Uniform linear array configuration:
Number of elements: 32
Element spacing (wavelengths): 1
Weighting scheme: hamming
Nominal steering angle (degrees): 15
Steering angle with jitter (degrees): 13.395
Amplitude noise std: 0.05
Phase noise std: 0.05

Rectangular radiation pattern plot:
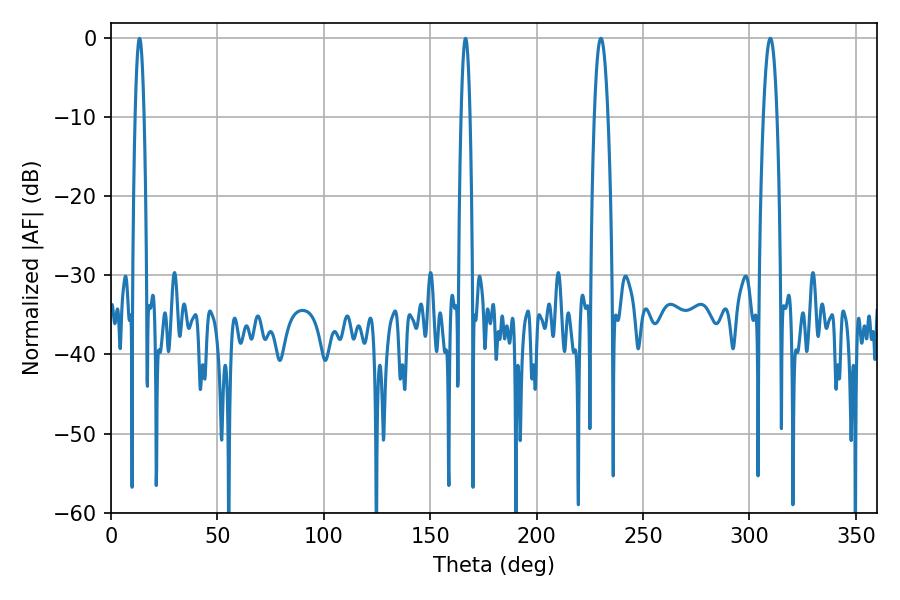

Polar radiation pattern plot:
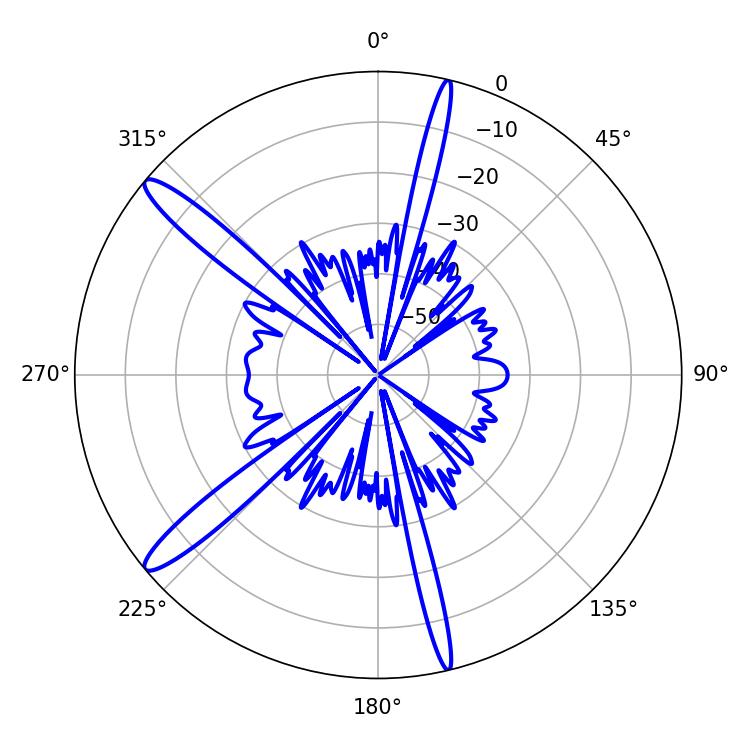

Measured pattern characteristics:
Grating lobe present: TRUE
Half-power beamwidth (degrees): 3.6
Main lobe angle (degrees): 230.22